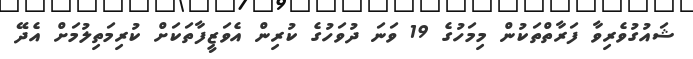
ޝައުގުވެރިވާ ފަރާތްތަކުން މިމަހުގެ 19 ވަނަ ދުވަހުގެ ކުރިން އެވަޒީފާތަކަށް ކުރިމަތިލުމަށް އެދޭ